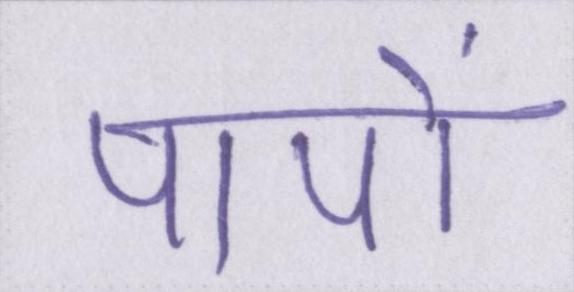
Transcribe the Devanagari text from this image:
पापों